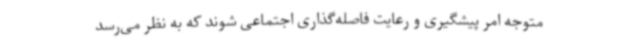
متوجه امر پیشگیری و رعایت فاصله‌گذاری اجتماعی شوند که به نظر می‌رسد